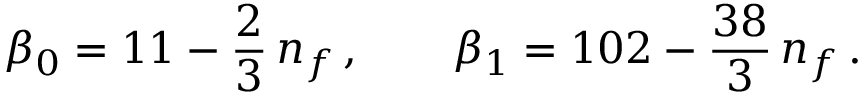
\beta _ { 0 } = 1 1 - { \frac { 2 } { 3 } } \, n _ { f } \, , \qquad \beta _ { 1 } = 1 0 2 - { \frac { 3 8 } { 3 } } \, n _ { f } \, .